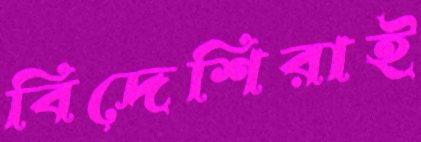
বিদেশিরাই